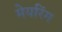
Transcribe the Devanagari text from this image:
मेयरिंग